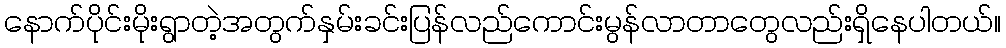
နောက်ပိုင်းမိုးရွာတဲ့အတွက်နှမ်းခင်းပြန်လည်ကောင်းမွန်လာတာတွေလည်းရှိနေပါတယ်။